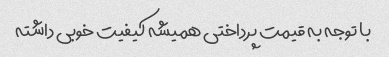
با توجه به قیمت پرداختی همیشه کیفیت خوبی داشته